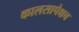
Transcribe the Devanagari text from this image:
कालसापेक्षच